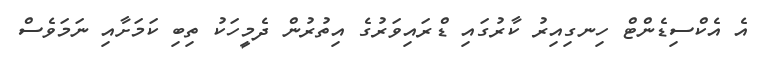
އެ އެކްސިޑެންޓް ހިނގިއިރު ކާރުގައި ޑްރައިވަރުގެ އިތުރުން ދެމީހަކު ތިބި ކަމަށާއި ނަމަވެސް